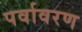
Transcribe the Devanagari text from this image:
पर्वावरण